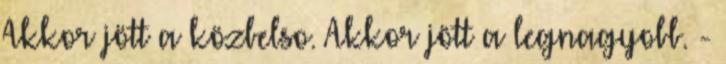
Akkor jött a közbelso. Akkor jött a legnagyobb. -